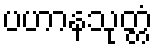
ပဟာနသုတ္တံ